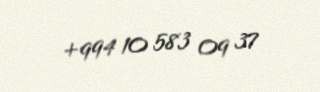
+994 10 583 09 37